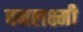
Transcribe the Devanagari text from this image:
वनलक्ष्मी